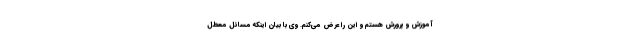
آموزش و پرورش هستم و این را عرض می‌کنم. وی با بیان اینکه مسائل معطل